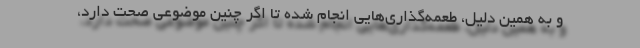
و به همین دلیل، طعمه‌گذاری‌هایی انجام شده تا اگر چنین موضوعی صحت دارد،